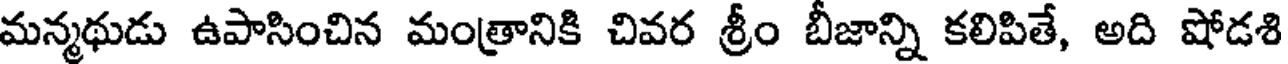
మన్మథుడు ఉపాసించిన మంత్రానికి చివర శ్రీం బీజాన్ని కలిపితే, అది షోడశి